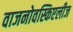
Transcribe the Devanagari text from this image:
वाजनोवस्किएलीज